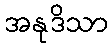
အနုဒိသာ